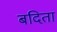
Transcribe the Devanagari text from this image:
बदिता